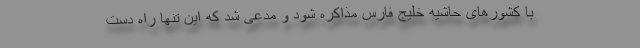
با کشورهای حاشیه خلیج فارس مذاکره شود و مدعی شد که این تنها راه دست